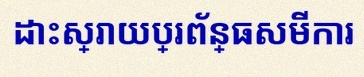
ដោះស្រាយប្រព័ន្ធសមីការ